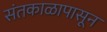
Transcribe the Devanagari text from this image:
संतकाळापासून